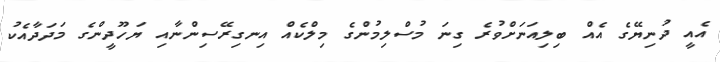
އެއީ ދުނިޔޭގެ އެއް ބިލިއަނަށްވުރެ ގިނަ މުސްލިމުންގެ މިލްކެއް އިނގިރޭސިންނާއި ޔަހޫދީންގެ މަދަދާއެކު